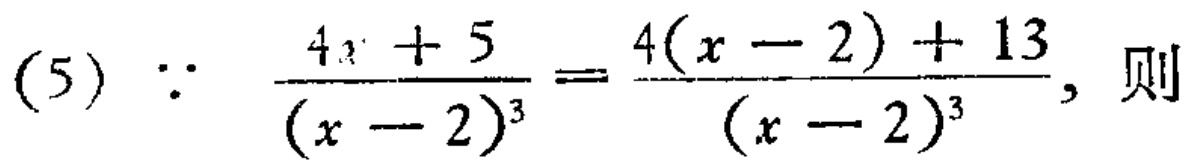
(5) $\because \frac{4x + 5}{(x - 2)^3}=\frac{4(x - 2)+13}{(x - 2)^3}$, 则